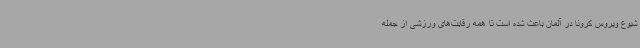
شیوع ویروس کرونا در آلمان باعث شده است تا همه رقابت‌های ورزشی از جمله